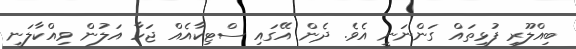
ބިއްލޫރި ފުޅިތައް ގަންނަނީ އެވެ. ދެން އޭގައި ސްޓިކާއެއް ޖަހާ އަލުން ވިއްކާލަނީ